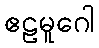
ဧဠမူဂေါ